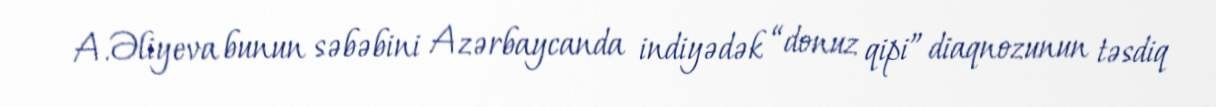
A.Əliyeva bunun səbəbini Azərbaycanda indiyədək “donuz qipi” diaqnozunun təsdiq